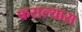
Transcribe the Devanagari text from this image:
फसल्यास